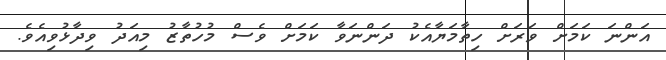
އަންނަ ކަމަށް ވަރަށް ހިތާމަޔާއެކު ދަންނަވާ ކަމަށް ވެސް މުހުތާޒު މިއަދު ވިދާޅުވިއެވެ.